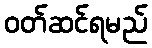
ဝတ်ဆင်ရမည်